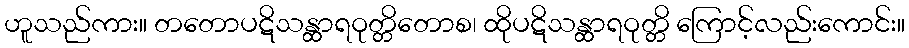
ဟူသည်ကား။ တတောပဋိသန္ထာရဝုတ္တိတောစ၊ ထိုပဋိသန္ထာရဝုတ္တိ ကြောင့်လည်းကောင်း။